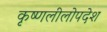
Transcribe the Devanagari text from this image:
कृष्णलीलोपदेश